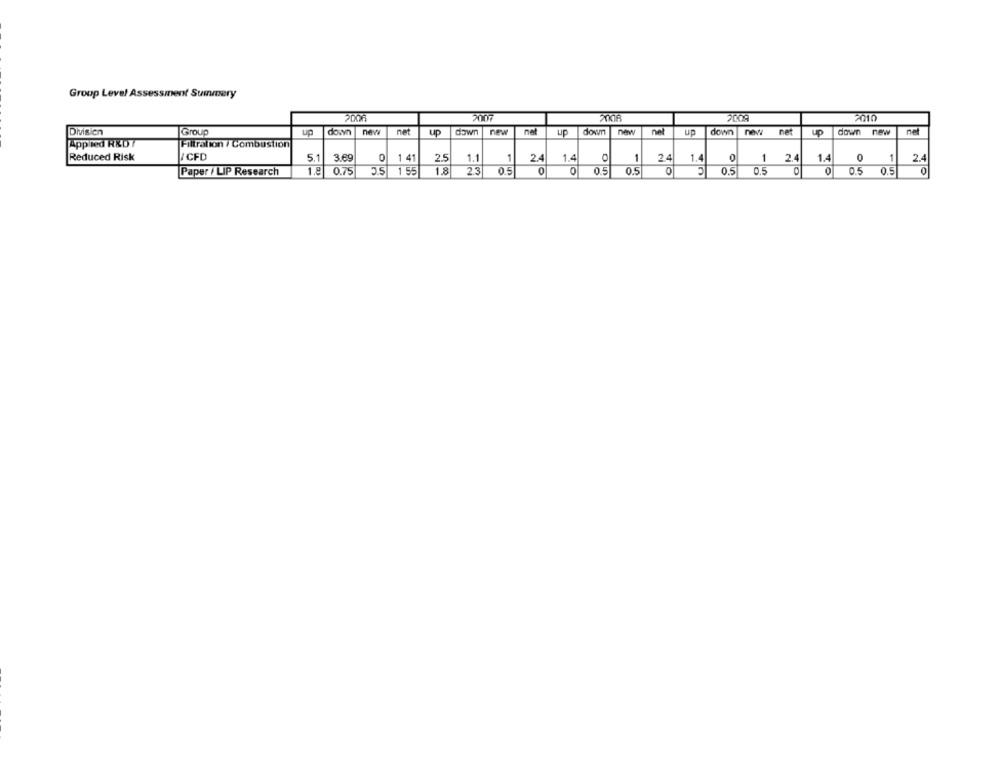
Group Level Assessment Summary
20.00
2009
2010
net
nel
Division
Group
up
down
news
up
dawn
new
up
down
new
up
down
net
up
down new
Applied RXDT
Filtration / Combustion
Reduced Risk
V/ CFD
5.1
3.69
0
1 41
2.5
1.1
1
24
1.4
1
24
1.4
0
1
2.4
1.4
0
1
2.4
Paper / LIP Research
1.8
0.75
5.51
1 55
1.8
05
0
0
0.5
0.5
0
0.5
0.5
O
0
0.5 0.5
0